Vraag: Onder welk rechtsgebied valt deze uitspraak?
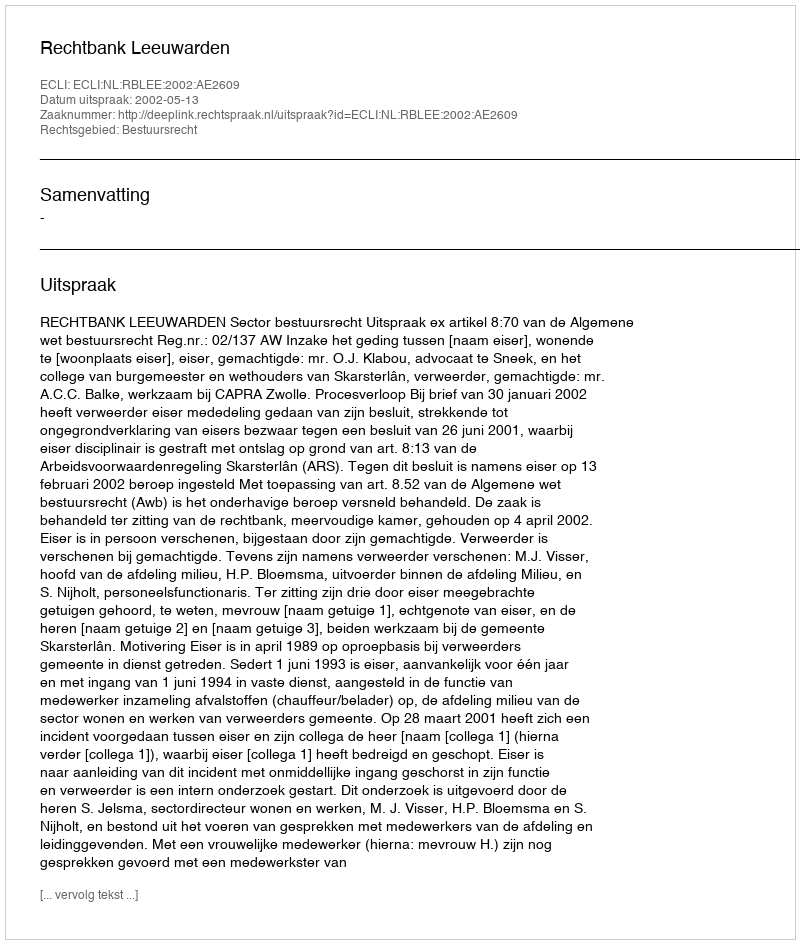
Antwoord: Bestuursrecht